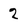
Character: 2